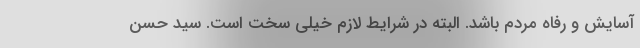
آسایش و رفاه مردم باشد. البته در شرایط لازم خیلی سخت است. سید حسن